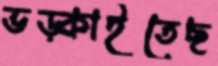
ভড়্‌কাইতেছ